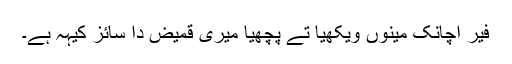
فیر اچانک مینوں ویکھیا تے پُچھیا میری قمیض دا سائز کیہہ ہے۔